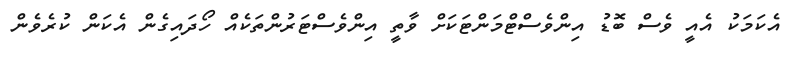
އެކަމަކު އެއީ ވެސް ބޮޑު އިންވެސްޓްމަންޓަކަށް ވާތީ އިންވެސްޓަރުންތަކެއް ހޯދައިގެން އެކަން ކުރެވެން